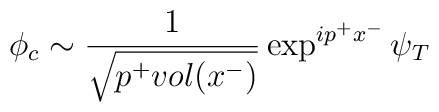
\phi_{c} \sim\frac1{\sqrt{p^+ vol(x^-)}} \exp^{ip^+ x^-}\psi_T